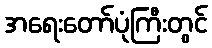
အရေးတော်ပုံကြီးတွင်